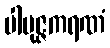
ပါမုဇ္ဇကရဏံ